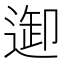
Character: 𨓴